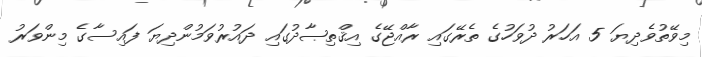
މިވޭތުވެދިޔަ 5 އަހަރު ދުވަހުގެ ތެރޭގައި ރާއްޖޭގެ އިޤްތިޞާދުގައި ދައުރުވަމުންދިޔަ ފައިސާގެ މިންވަރު